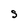
Character: S